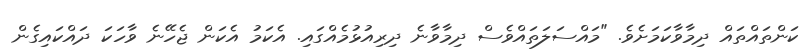
ކަންތައްތައް ދިމާވާކަމަށެވެ. "މައްސަލަތައްވެސް ދިމާވާނެ ދިރިއުޅުމެއްގައި. އެކަމު އެކަން ޖެހޭނެ ވާހަކަ ދައްކައިގެން